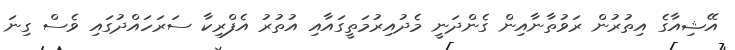
އޭޝިއާގެ އިތުރުން ރަވުތާނާއިން ގެންދަނީ މެދުއިރުމަތީގައާއި އުތުރު އެފްރިކާ ސަރަހައްދުގައި ވެސް ގިނަ